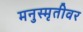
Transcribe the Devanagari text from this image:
मनुस्मृतीवर